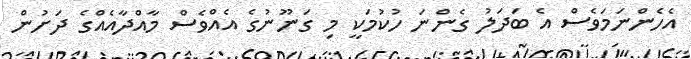
އެހެންނަމަވެސް އެ ބަދަލު ގެންނަ ހުކުމަކީ މި ގަނޫނުގެ އެއްވެސް މާއްދާއެއްގެ ދަށުން